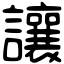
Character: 讓